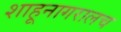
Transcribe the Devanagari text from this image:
शाहूनागरालच